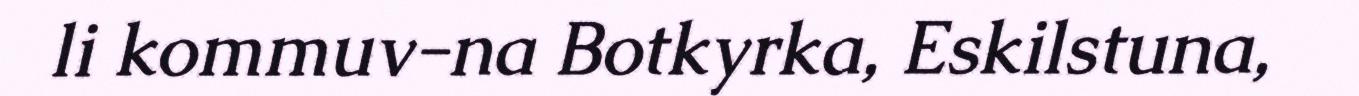
li kommuv-na Botkyrka, Eskilstuna,